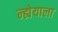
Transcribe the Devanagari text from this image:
न्ह्येयाला